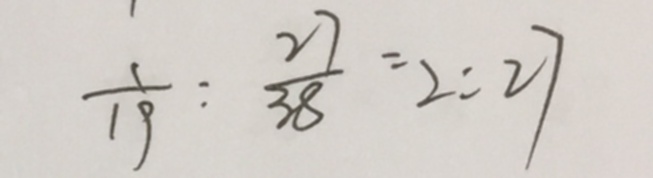
\frac { 1 } { 1 9 } : \frac { 2 7 } { 3 8 } = 2 : 2 7